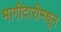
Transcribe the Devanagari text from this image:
भागीदारीमधून